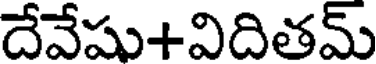
దేవేషు+విదితమ్